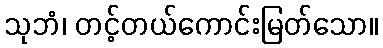
သုဘံ၊ တင့်တယ်ကောင်းမြတ်သော။